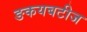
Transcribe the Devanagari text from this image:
ङकयबटीज